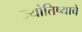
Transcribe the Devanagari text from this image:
ज्योतिष्याचे